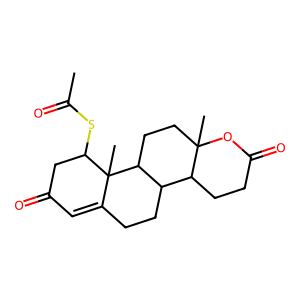
SMILES: CC(=O)SC1CC(=O)C=C2CCC3C4CCC(=O)OC4(C)CCC3C21C
Inhibits HIV replication: No